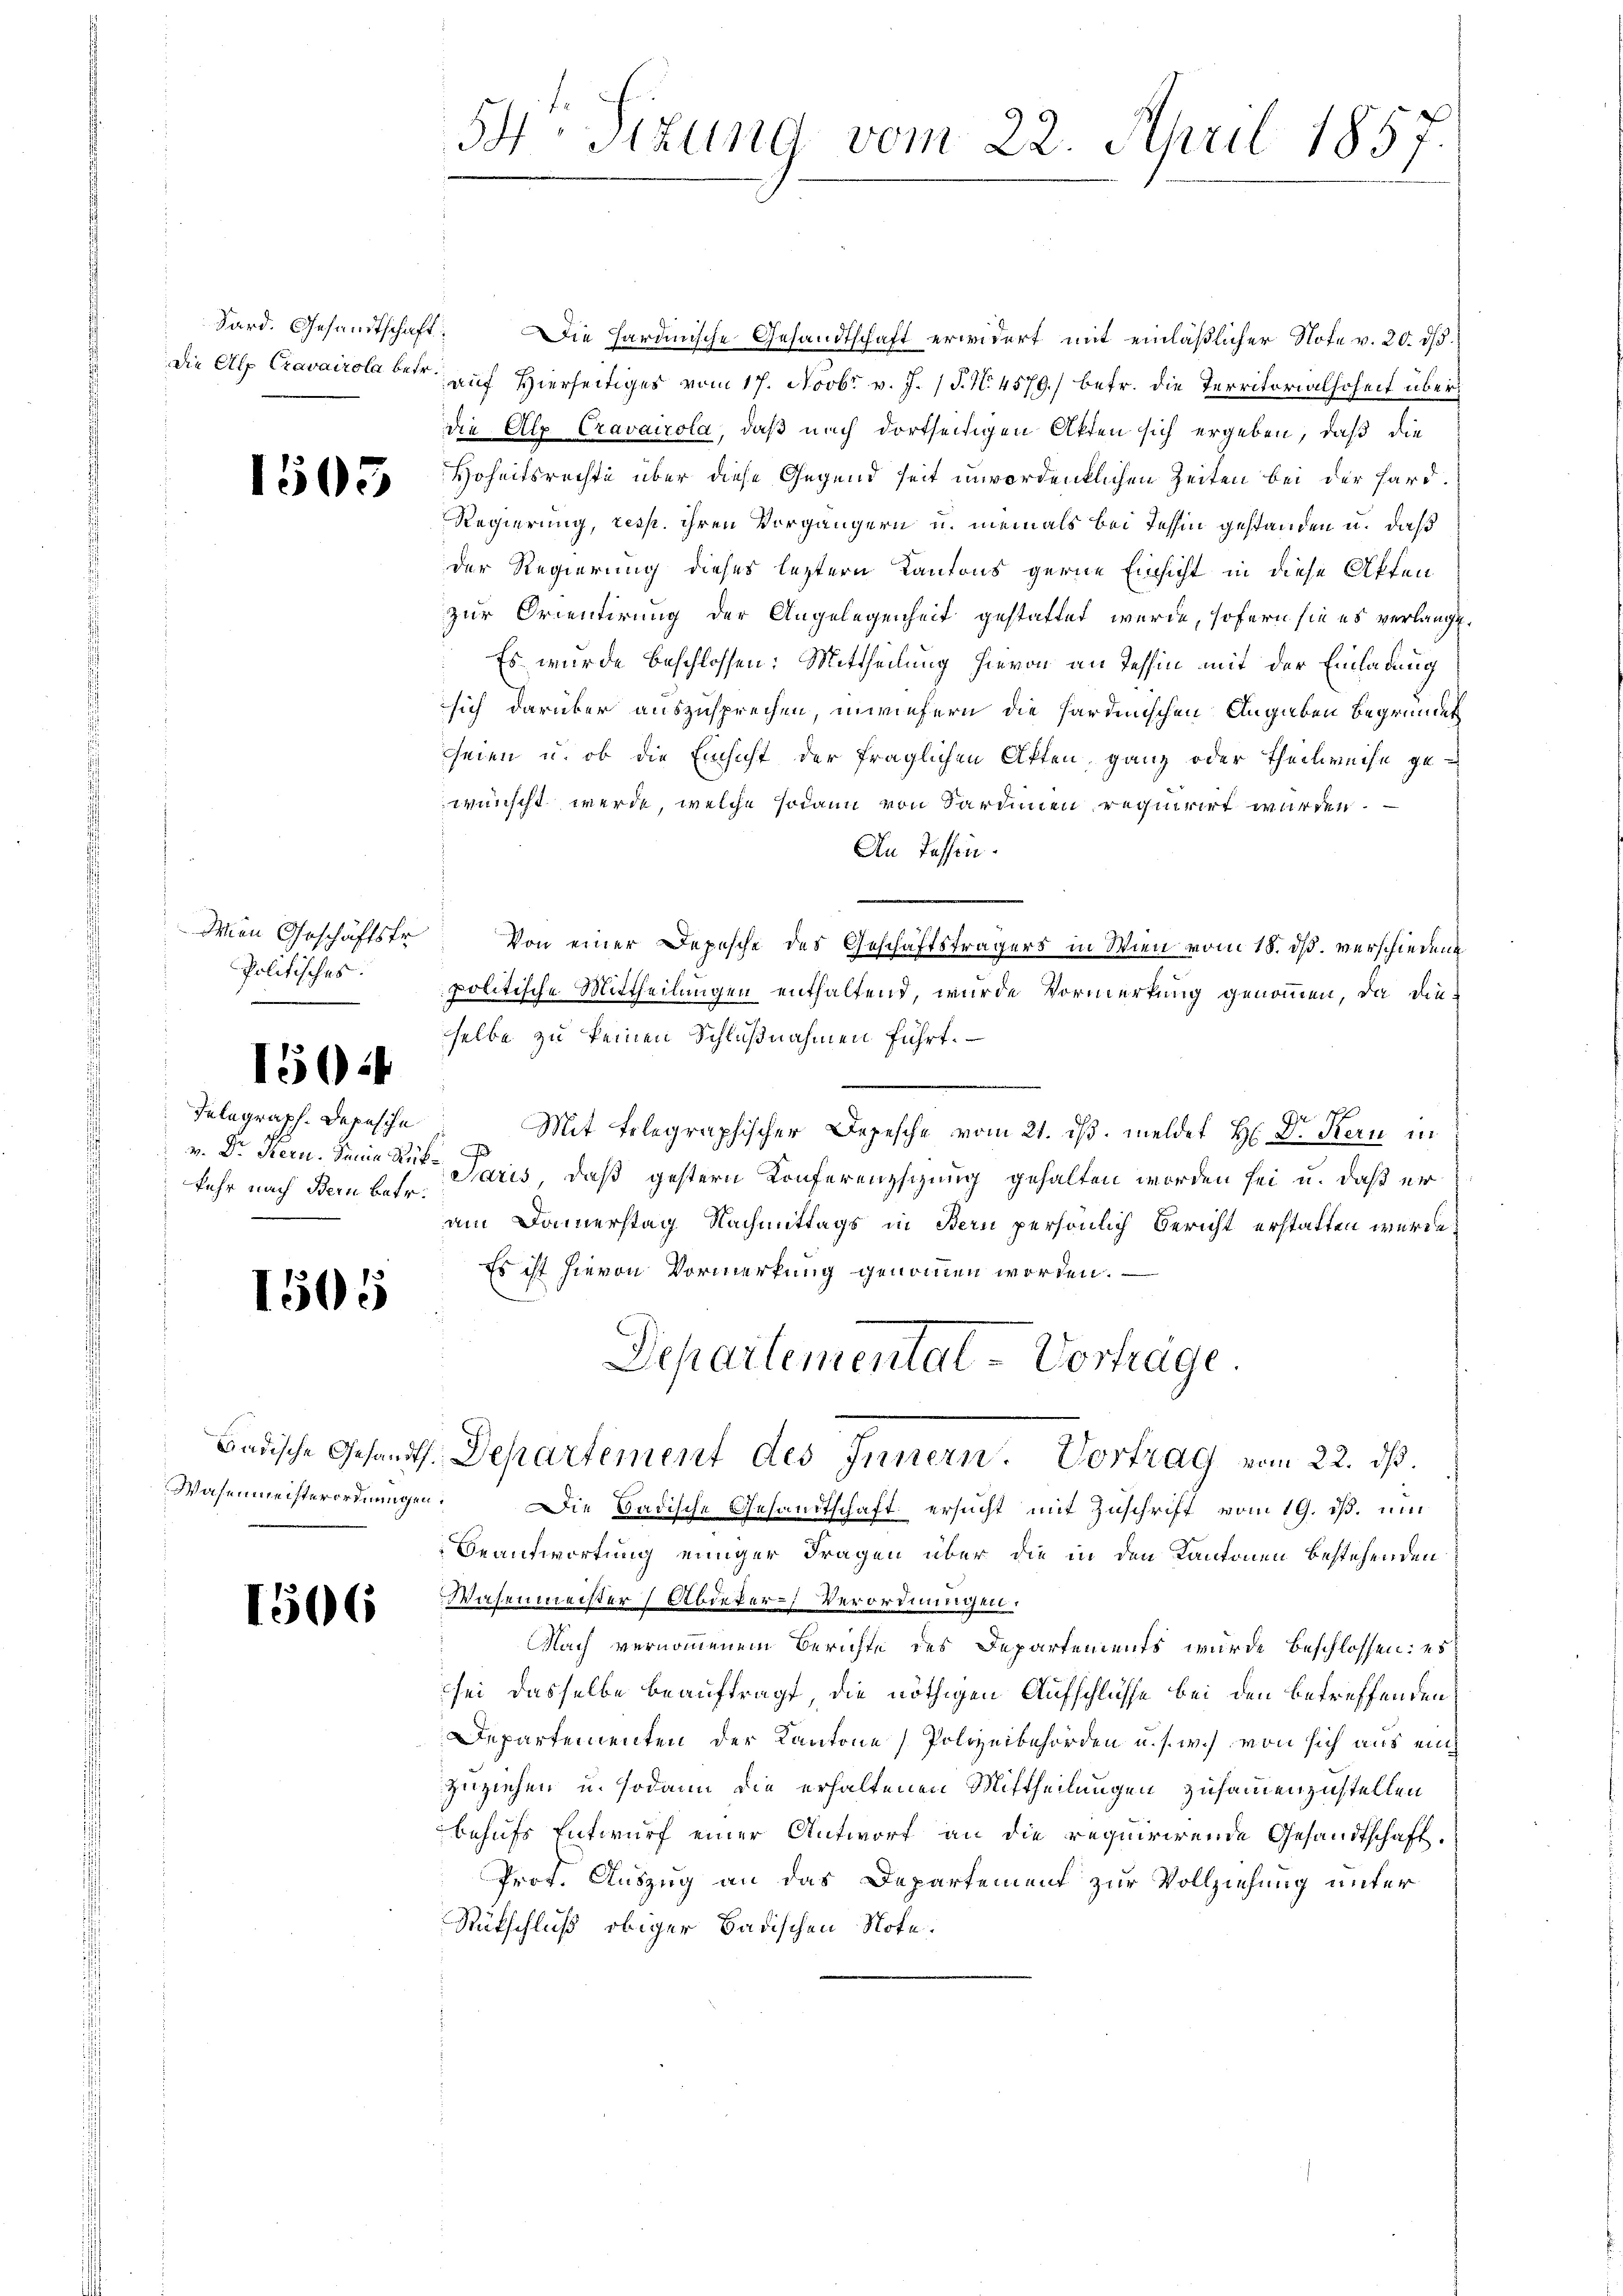
1505

Den Geschäftsfr.
Politisches.

1504

Telegraph. Depesche
fehr nach Bern betr.

1505

Badische Gesandt
Wasenmeisterordnunge

1506

54. Sizung vom 22. April 1857

Sard. Gesandtschaft: Die Hardinische Gesandtschaft erwidert mit einläßlicher Note v. 20. ds.
Die Alp Cravairola betr. auf Hierseitiges vom 17. Novbr. v. J. (T. N. 4579) betr. die Territorialhoheit überdie Alp Cravairola, daß nach dortseitigen Akten sich ergeben, daß die
Hoheitsrechte über diese Gegend seit unvordenklichen Zeiten bei der Hard¬
Regierung, resp. ihren Vorgängern u. niemals bei Tessin gestanden u. daß
der Regierung dieses leztern Kantons gerne Einsicht in diese Affen
zur Orientirung der Angelegenheit gestattet wurde, sofern sie es verlangt.
Es wurde beschlossen: Mittheilung hievon an Tessin mit der Einladung
sich darüber auszusprechen, inwiefern die Hardinischen Angaben begründet
seien u. ob die Einsicht der fraglichen Akten, ganz oder Theilweise gewünscht werde, welche sodann von Sardinien requirirt werden.
An Tassen.
Von einer Depesche des Geschäftsträgers in Wien vom 18. dß. verschiedene
politische Mittheilungen enthaltend, wurde Vormerkung genommen, da die-
selbe zu keinen Schlußnahmen führt.
Mit Telegraphischer Depesche vom 21. ds. meldet H: Dr. Kern in
J
v. Dr. Kern. Jena Rüt Paris, daß gestern Konferenzsizung gehalten worden sei u. daß er
am Donnerstag Nachmittags in Bern persönlich Bericht erstatten würde,
Es ist hievon Vormerkung genommen worden.
Departementat - Vortrage
7. Departement des Innern. Vortrag vom 22. ds.
n. Die Badische Gesandtschaft ersucht mit Zuschrift vom 19. ds. um
Beantwortung einiger Fragen über die in den Kantonen bestehenden
Wasenmeister Abdeker-Verordnungen.
Nach vernommenem Berichte des Departements wurde beschlossen: es
sei dasselbe beauftragt, die nöthigen Aufschlüsse bei den betreffenden
Departementen der Kantone Polizeibehörden u. s. w.) von sich aus ein
zuziehen u. sodann die erhaltenen Mittheilungen zusammenzustellen
behufs Entwurf einer Antwort an die requirirende Gesandtschaft.
Prof. Auszug an das Departement zur Vollziehung unter
Rückschluß obiger Badischen Note.